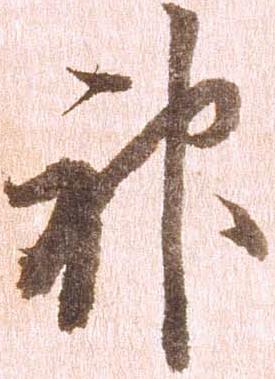
神